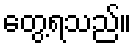
တွေ့ရသည်။